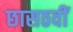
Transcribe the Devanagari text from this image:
छासठवीं